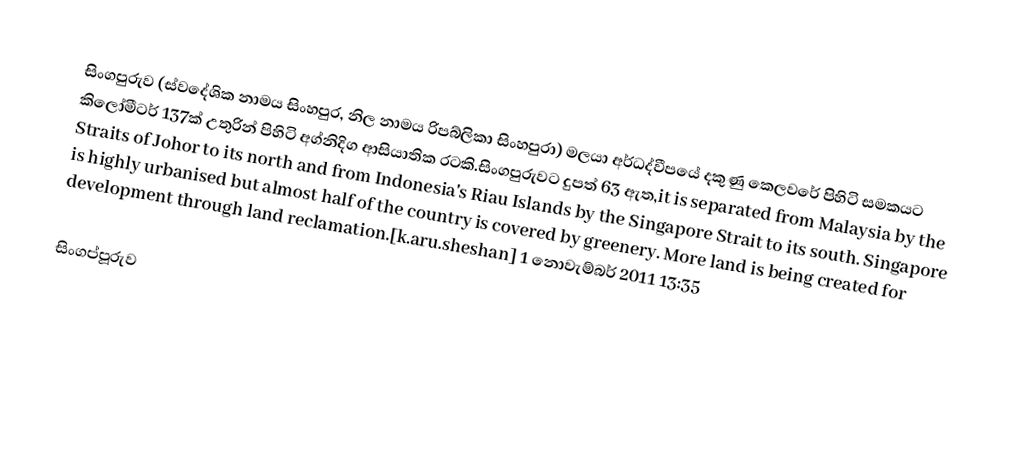
සිංගපුරුව (ස්වදේශික නාමය සිංහපුර, නිල නාමය රිපබ්ලිකා සිංහපුරා) මලයා අර්ධද්වීපයේ දකුණු කෙලවරේ පිහිටි සමකයට කිලෝමීටර් 137ක් උතුරින් පිහිටි අග්නිදිග ආසියාතික රටකි.සිංගපුරුවට දුපත් 63 ඇත,it is separated from Malaysia by the Straits of Johor to its north and from Indonesia's Riau Islands by the Singapore Strait to its south. Singapore is highly urbanised but almost half of the country is covered by greenery. More land is being created for development through land reclamation.[k.aru.sheshan] 1 නොවැම්බර් 2011 13:35

සිංගප්පූරුව